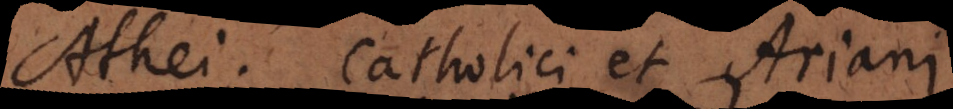
Athei, Catholici et Ariani